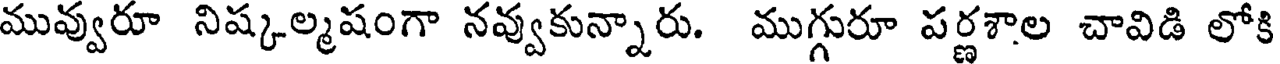
మువ్వురూ నిష్కల్మషంగా నవ్వుకున్నారు. ముగ్గురూ పర్ణశాల చావిడి లోకి